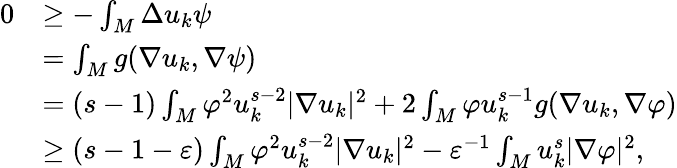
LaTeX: \begin{array}{rl}{0}&{\geq-\int_{M}\Delta u_{k}\psi}\\ &{=\int_{M}g(\nabla u_{k},\nabla\psi)}\\ &{=(s-1)\int_{M}\varphi^{2}u_{k}^{s-2}|\nabla u_{k}|^{2}+2\int_{M}\varphi u_{k}^{s-1}g(\nabla u_{k},\nabla\varphi)}\\ &{\ge(s-1-\varepsilon)\int_{M}\varphi^{2}u_{k}^{s-2}|\nabla u_{k}|^{2}-\varepsilon^{-1}\int_{M}u_{k}^{s}|\nabla\varphi|^{2},}\end{array}